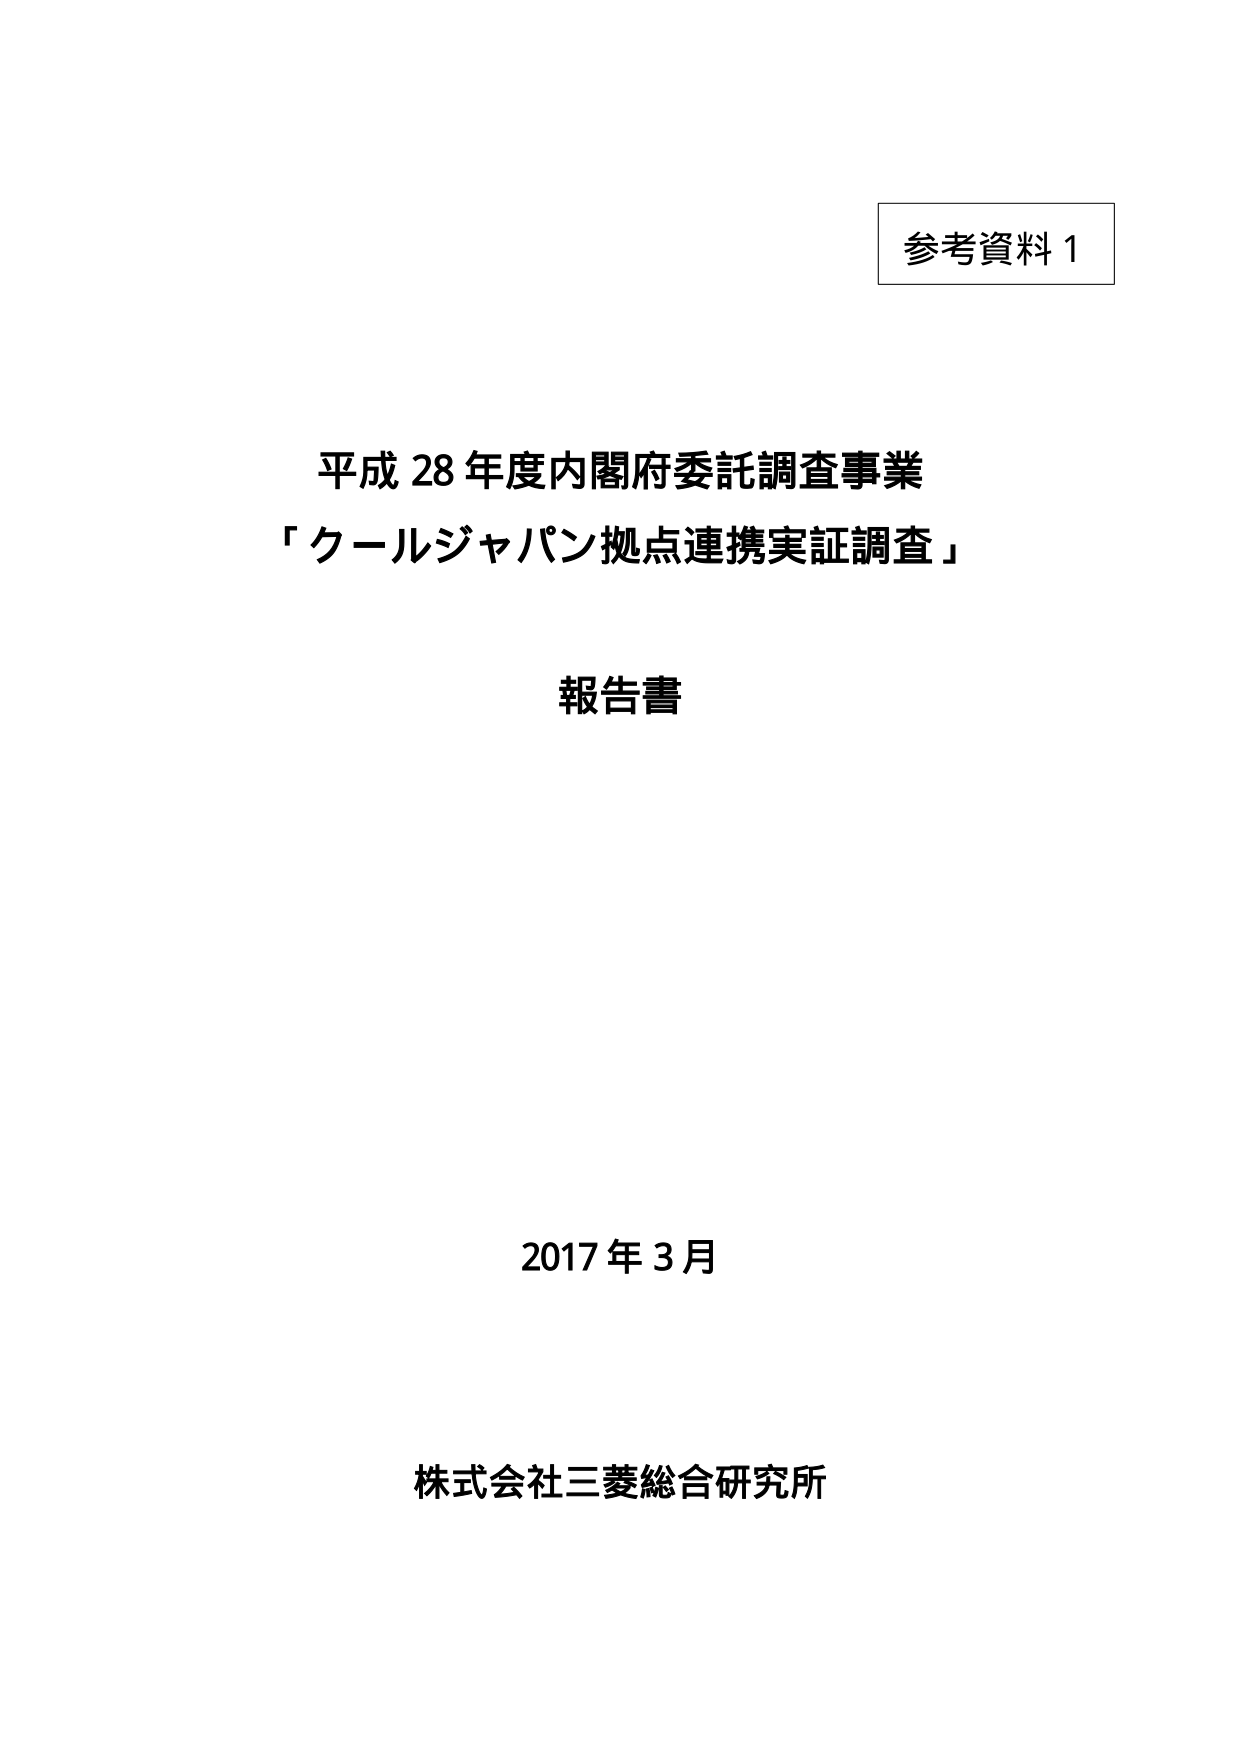
参考資料 1

平成 28 年度内閣府委託調査事業
「クールジャパン拠点連携実証調査」

報告書

2017 年 3 月

株式会社三菱総合研究所